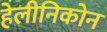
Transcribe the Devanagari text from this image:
हेलीनिकोन